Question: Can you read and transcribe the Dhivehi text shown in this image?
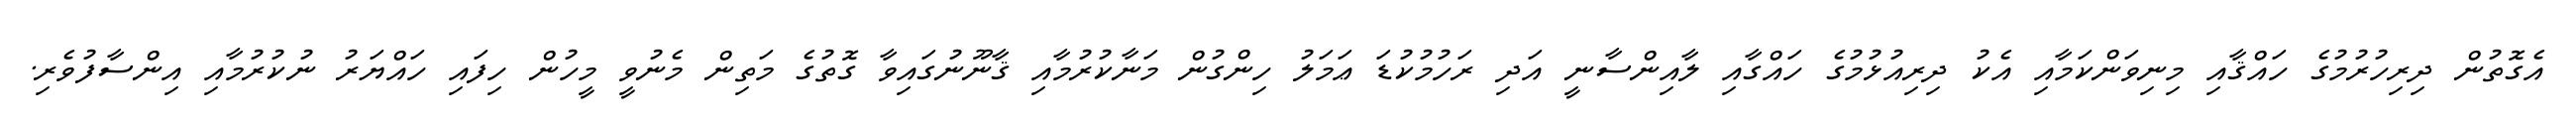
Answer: އެގޮތުން ދިރިހުރުމުގެ ހައްޤާއި މިނިވަންކަމާއި އެކު ދިރިއުޅުމުގެ ހައްގާއި ލާއިންސާނީ އަދި ރަހުމުކުޑަ ޢަމަލު ހިންގުން މަނާކުރުމާއި ޤާނޫނުގައިވާ ގޮތުގެ މަތިން މެނުވީ މީހުން ހިފައި ހައްޔަރު ނުކުރުމާއި އިންސާފުވެރި.